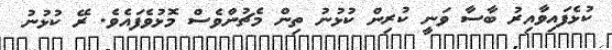
ކުޅެފައިވާއިރު ބާސާ ވަނީ ކުރިން ކުޅުނު ތިން މެޗުންވެސް މޮޅުވެފައެވެ. ރޭ ކުޅުނު